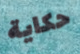
حكاية